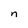
Character: n